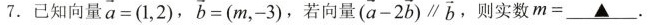
7.已知向量 $$\overrightarrow{a}=(1,2)$$ ， $$\overrightarrow{b}=(m,-3)$$ ，若向量 $$(\overrightarrow{a}-2 \overrightarrow{b})// \overrightarrow{b}$$ 。则实数m=\underline。